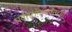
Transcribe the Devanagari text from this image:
पर्वतरांगांपर्यंतच्या